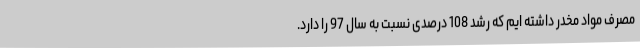
مصرف مواد مخدر داشته ایم که رشد 108 درصدی نسبت به سال 97 را دارد.